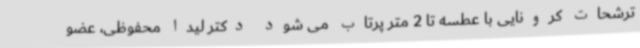
ترشحات کرونایی با عطسه تا 2 متر پرتاب می شود دکتر لیدا محفوظی، عضو